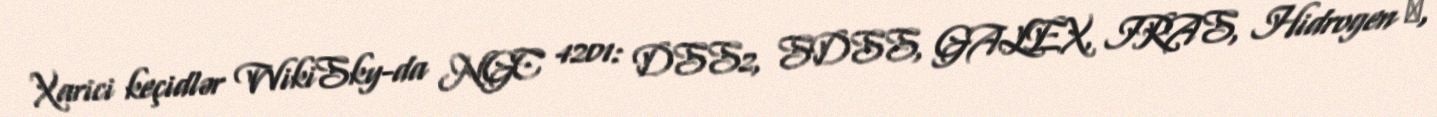
Xarici keçidlər WikiSky-da NGC 4201: DSS2, SDSS, GALEX, IRAS, Hidrogen α,